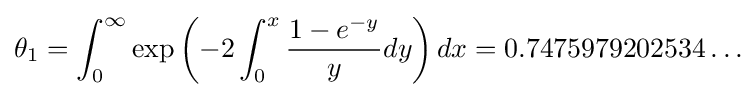
\theta _{1}=\int _{0}^{\infty }\exp \left(-2\int _{0}^{x}{\frac {1-e^{-y}}{y}}dy\right)dx=0.7475979202534\ldots